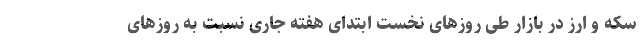
سکه و ارز در بازار طی روزهای نخست ابتدای هفته جاری نسبت به روزهای